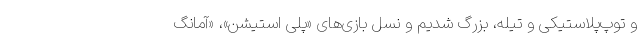
و توپ‌پلاستیکی و تیله، بزرگ شدیم و نسل بازی‌های «پلی استیشن»، «آمانگ